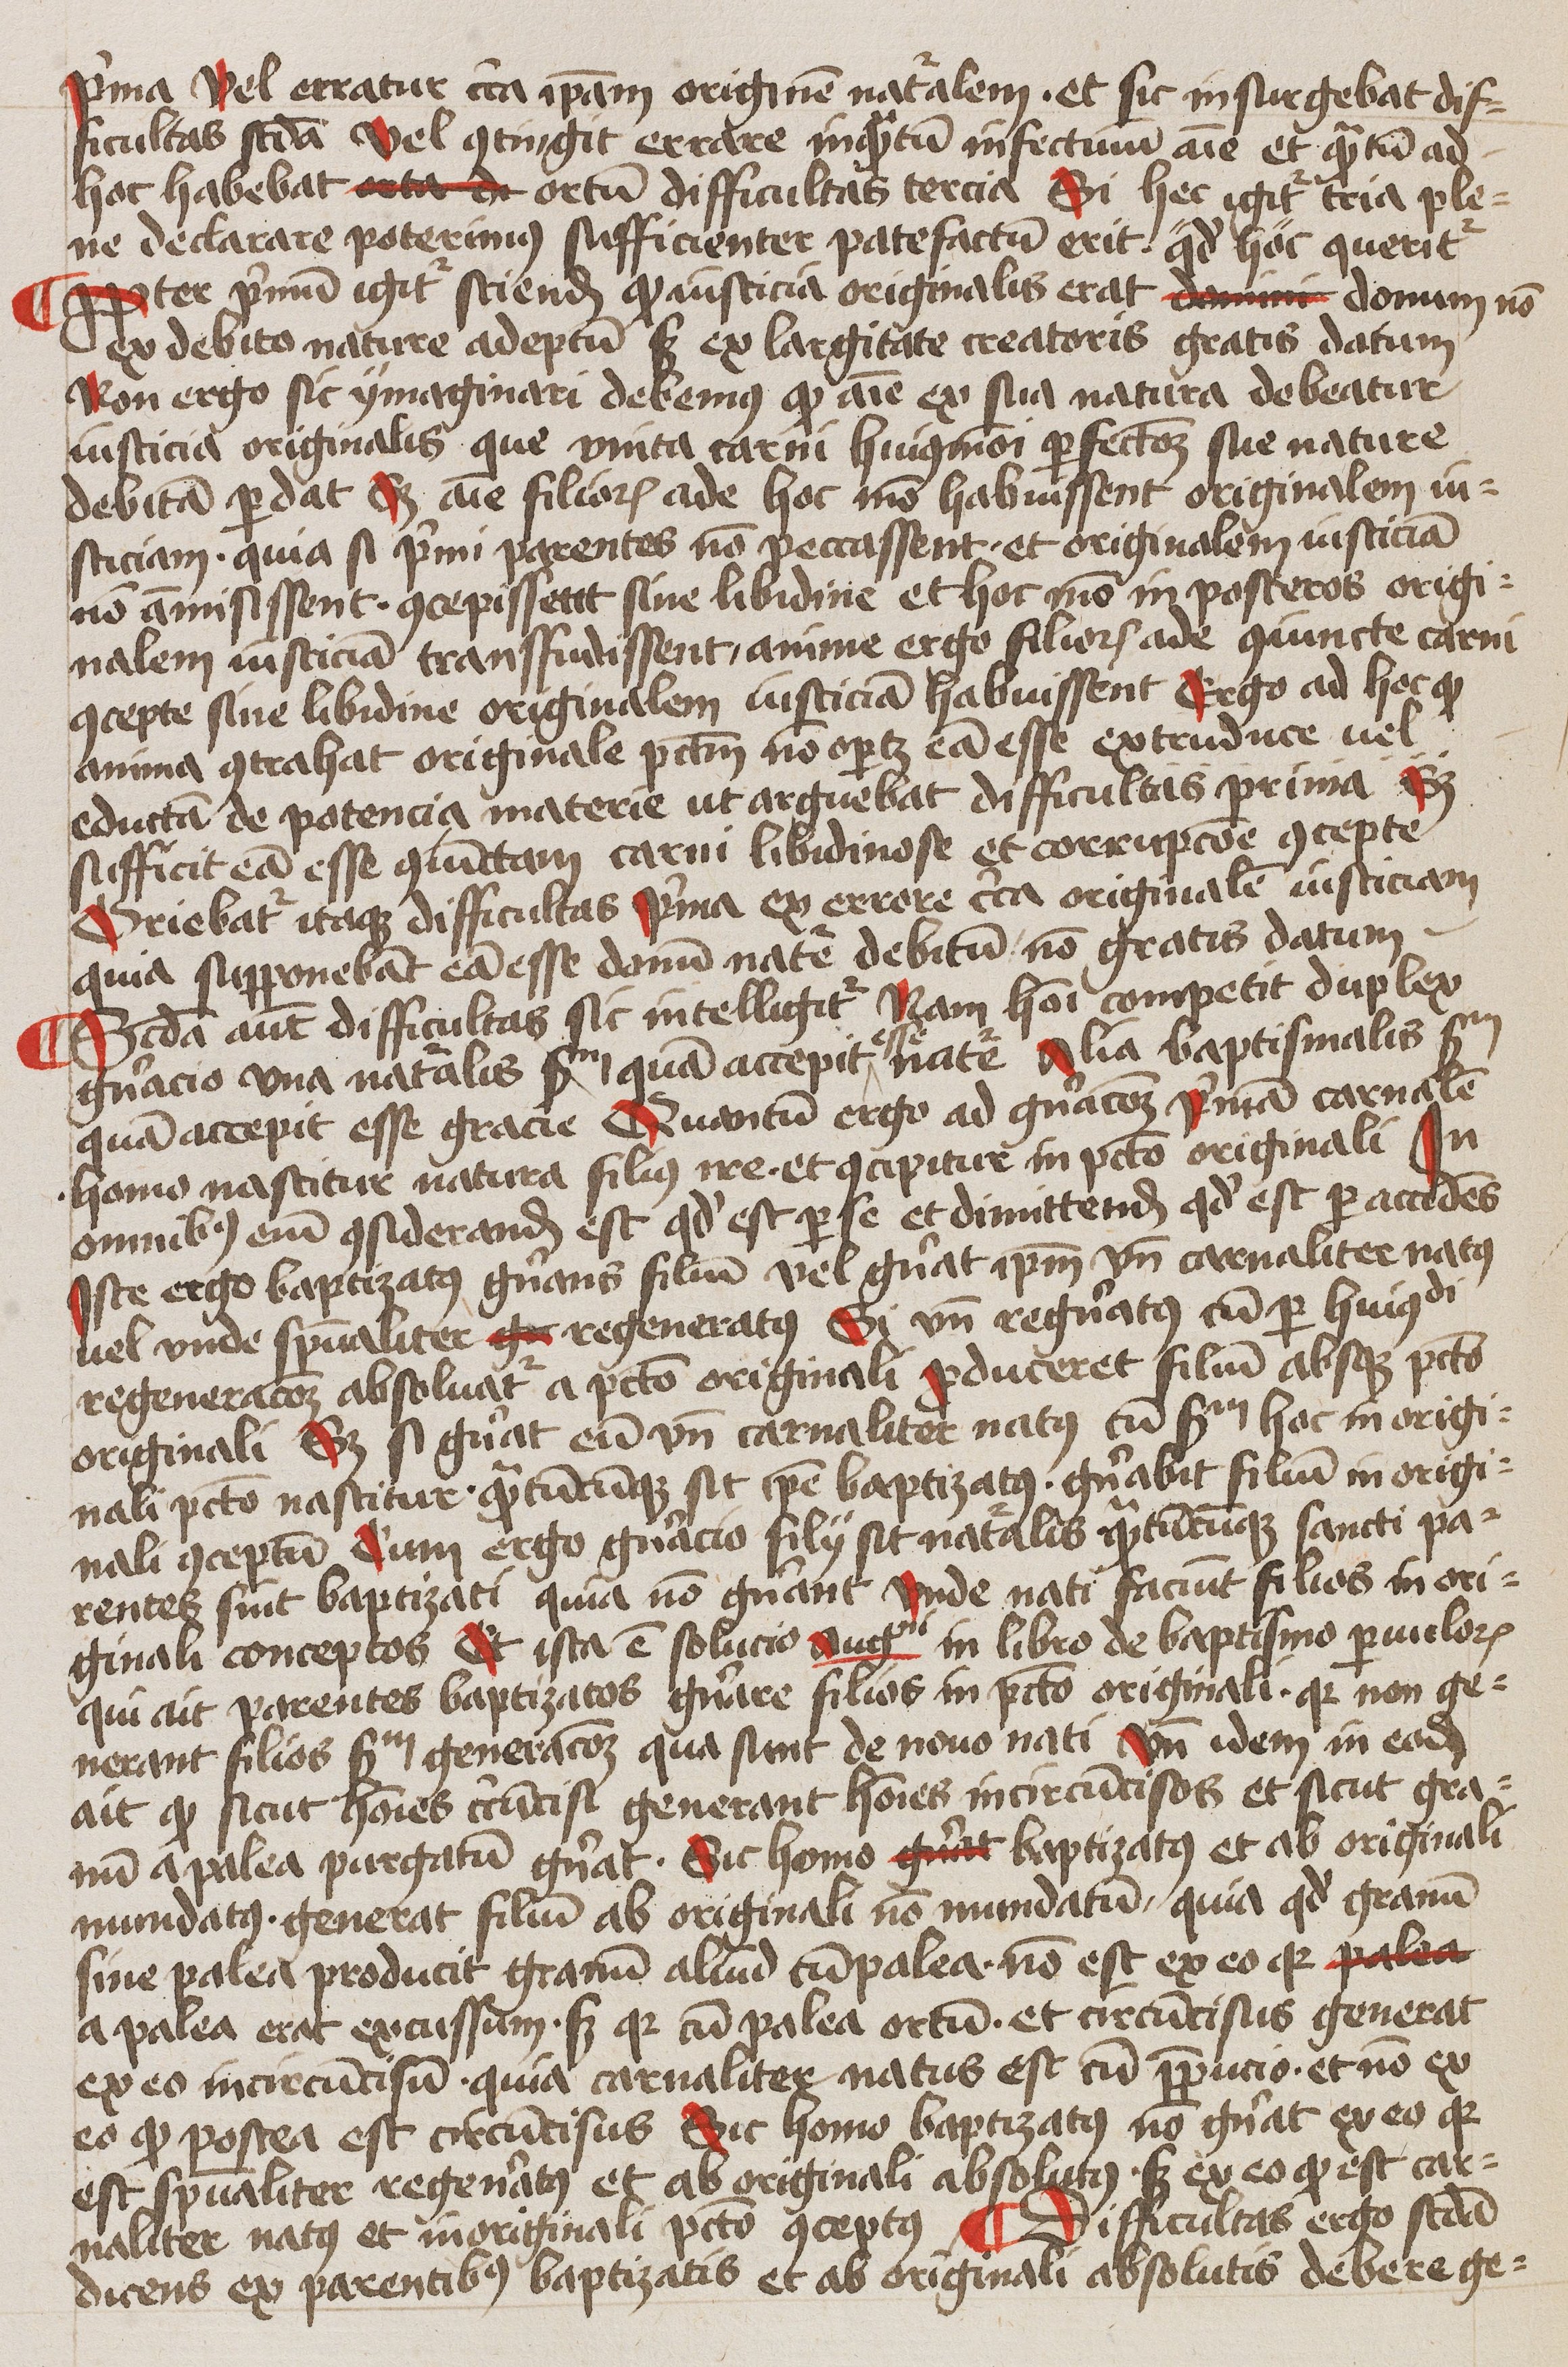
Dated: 1445–1445